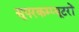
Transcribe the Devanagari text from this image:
सूपरकम्प्यूटरों